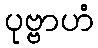
ပုဗ္ဗာဟံ